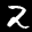
Label: 2